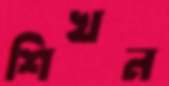
শিখন